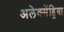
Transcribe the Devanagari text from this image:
अलेक्सेंड्रिया